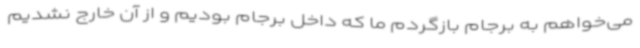
می‌خواهم به برجام بازگردم ما که داخل برجام بودیم و از آن خارج نشدیم